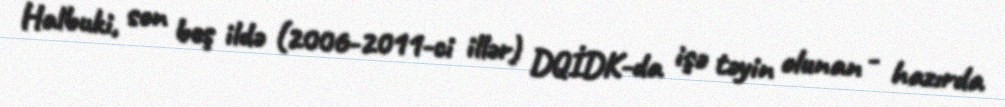
Halbuki, son beş ildə (2006-2011-ci illər) DQİDK-da işə təyin olunan - hazırda